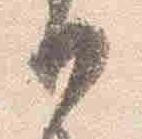
日